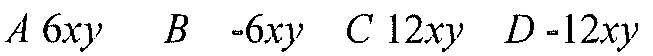
\(A\ 6xy\ \ B\ -6xy\ \ C\ 12xy\ \ D\ -12xy\)